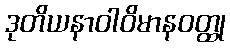
ဒုတိယနာဝါဝိမာနဝတ္ထု